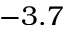
- 3 . 7